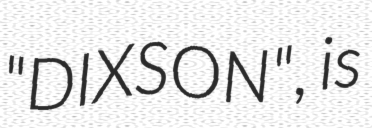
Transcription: "DIXSON", is